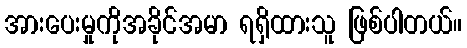
အားပေးမှုကိုအခိုင်အမာ ရရှိထားသူ ဖြစ်ပါတယ်။